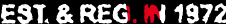
EST.&REG.IN 1972